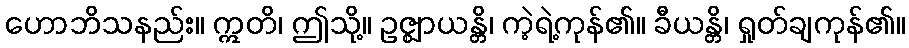
ဟောဘိသနည်း။ ဣတိ၊ ဤသို့။ ဥဇ္ဈာယန္တိ၊ ကဲ့ရဲ့ကုန်၏။ ခီယန္တိ၊ ရှုတ်ချကုန်၏။